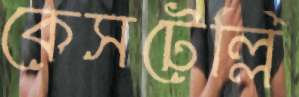
কেসটেল্লি